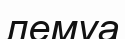
лемуа